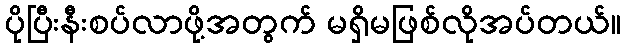
ပိုပြီးနီးစပ်လာဖို့အတွက် မရှိမဖြစ်လိုအပ်တယ်။